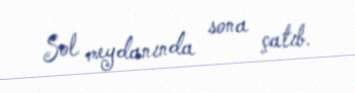
Sol meydanında sona çatıb.